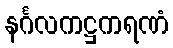
နင်္ဂလကဋ္ဌကရဏံ